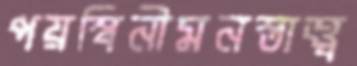
পয়স্বিনীমনস্তাত্ত্ব